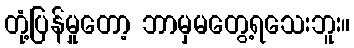
တုံ့ပြန်မှုတော့ ဘာမှမတွေ့ရသေးဘူး။